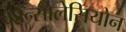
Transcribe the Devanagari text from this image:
कॉन्सोलेसियोन